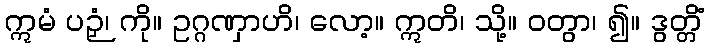
ဣမံ ပဉှံ၊ ကို။ ဥဂ္ဂဏှာဟိ၊ လော့။ ဣတိ၊ သို့။ ဝတွာ၊ ၍။ ဒွတ္တိံ